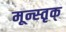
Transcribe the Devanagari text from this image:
मून्स्तृक्